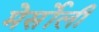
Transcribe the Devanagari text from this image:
मेर्सोली